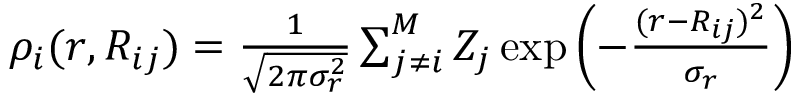
\begin{array} { r } { \rho _ { i } ( r , R _ { i j } ) = \frac { 1 } { \sqrt { 2 \pi \sigma _ { r } ^ { 2 } } } \sum _ { j \neq i } ^ { M } Z _ { j } \exp { \left( - { \frac { ( r - R _ { i j } ) ^ { 2 } } { \sigma _ { r } } } \right) } } \end{array}